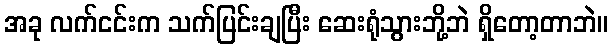
အခု လက်ငင်းက သက်ပြင်းချပြီး ဆေးရုံသွားဘို့ဘဲ ရှိတော့တာဘဲ။